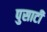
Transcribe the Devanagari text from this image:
पुसाटी